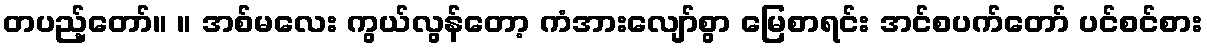
တပည့်တော်။ ။ အစ်မလေး ကွယ်လွန်တော့ ကံအားလျော်စွာ မြေစာရင်း အင်စပက်တော် ပင်စင်စား